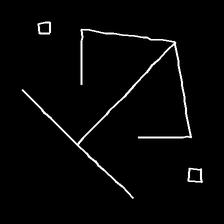
Glyph: earth